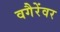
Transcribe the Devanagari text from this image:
वगैरेंवर